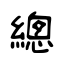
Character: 總